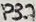
Text: P3.7